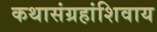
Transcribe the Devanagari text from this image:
कथासंग्रहांशिवाय